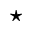
\star